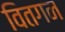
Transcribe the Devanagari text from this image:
वितगन